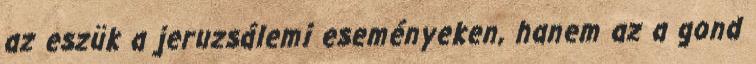
az eszük a jeruzsálemi eseményeken, hanem az a gond